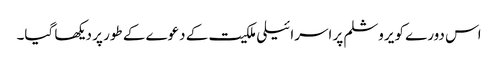
اس دورے کو یروشلم پر اسرائیلی ملکیت کے دعوے کے طور پر دیکھا گیا۔